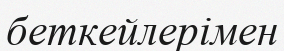
беткейлерімен